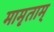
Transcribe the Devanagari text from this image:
मामृताम्‌